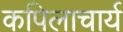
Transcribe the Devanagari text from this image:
कपिलाचार्य